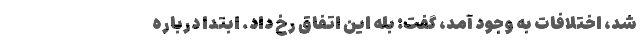
شد، اختلافات به وجود آمد، گفت: بله این اتفاق رخ داد. ابتدا درباره